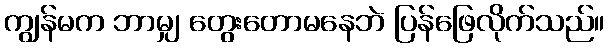
ကျွန်မက ဘာမျှ တွေးတောမနေဘဲ ပြန်ဖြေလိုက်သည်။